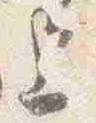
上